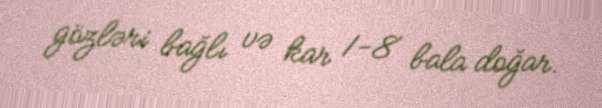
gözləri bağlı və kar 1-8 bala doğar.